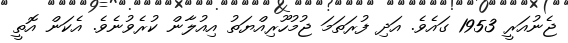
ޖެނުއަރީ 1953 ގައެވެ. އަދި ފުރަތަމަ ޖުމުހޫރިއްޔަތު އިއުލާން ކުރެވުނެވެ. އެކަން އޮތީ